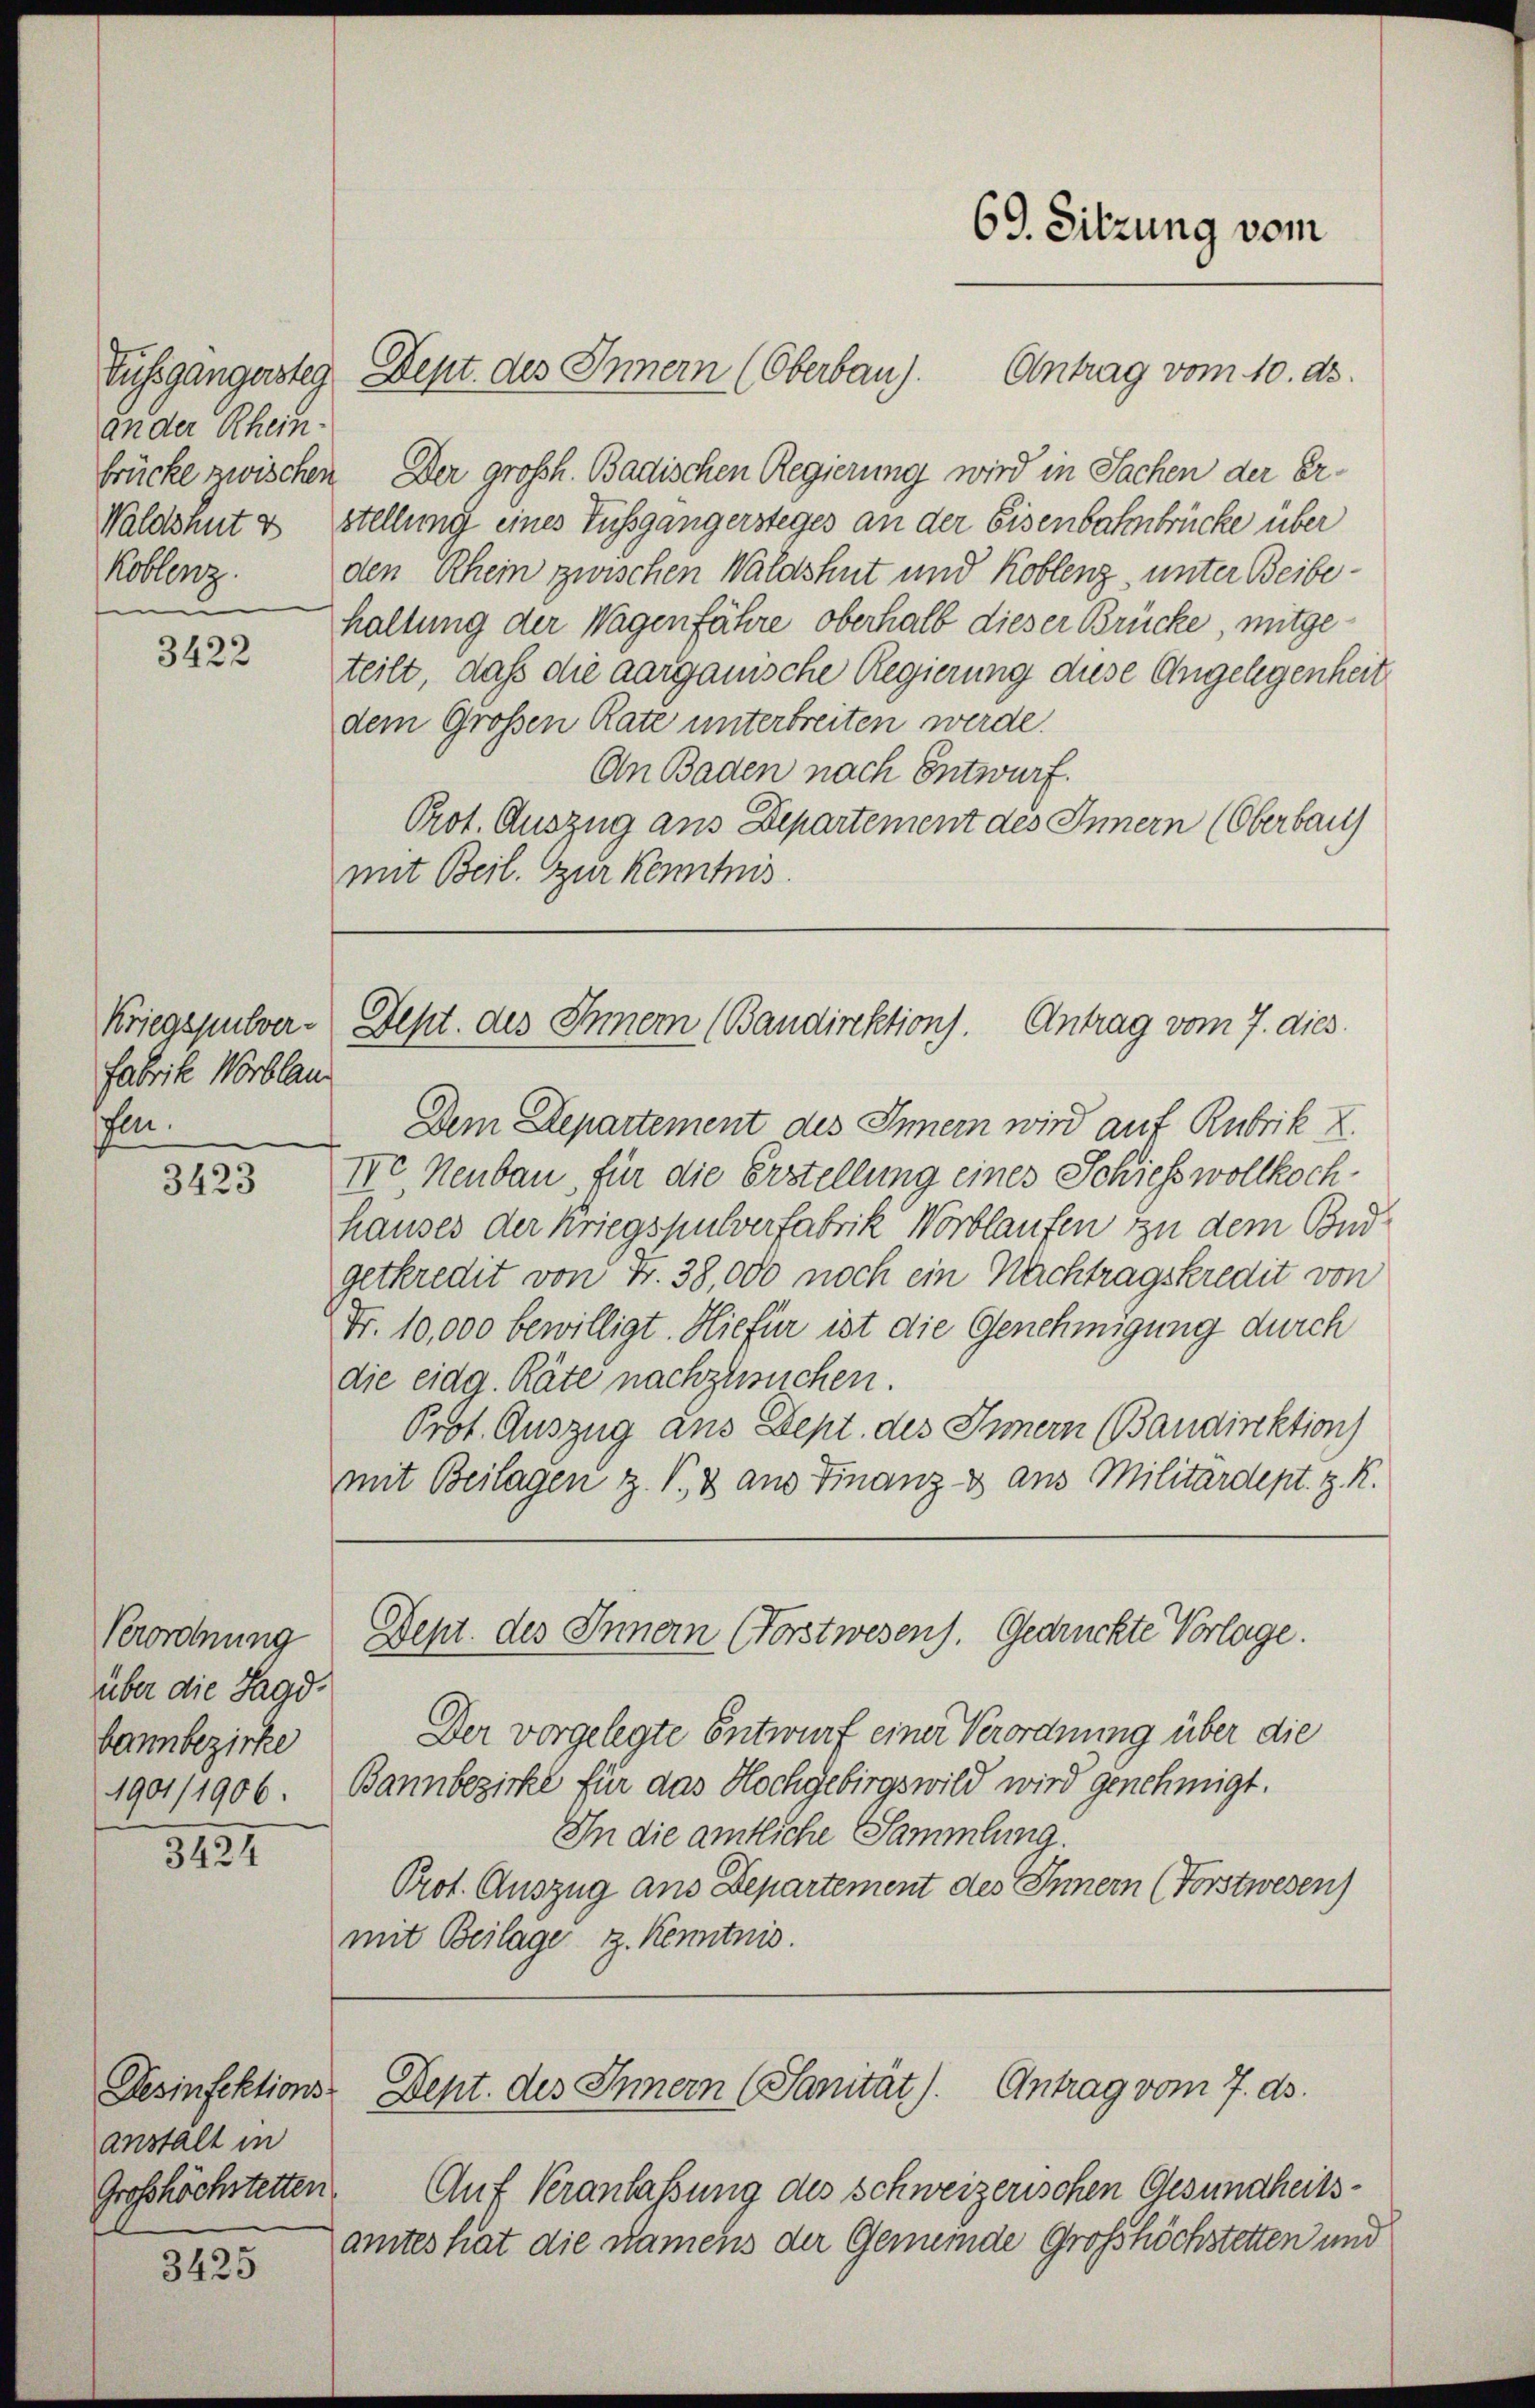
an der Rhein.
Waldshut v
Koblenz.
e

3422

Kriegspulver-
fabrike Wortlau
fen.

3423

Verordnung
über die Jagd.
bann bezirke

3424

Desinfektions-
anstalt in
Grosshöchstetten.

3425

Antrag vom 10. ds.
ussgängersteg Dept. des Innern (Oberbau).
brücke zwischen. Der großh. Badischen Regierung wird in Sachen der Er-
stellung eines Fussgängersteges an der Eisenbahnbrücke über
den Rhein zwischen Waldshut und Koblenz, unter Beibehaltung der Wagenfähre oberhalb dieser Brücke, mitgeteilt, daß die aargauische Regierung diese Angelegenheit
dem Großen Rate unterbreiten werde.
An Baden nach Entwurf.
Prot. Auszug aus Departement des Innern (Oberbau
mit Beil. Zur Kenntnis.

Sept. des Innern (Bandirektion). Antrag vom 7. dies

Dem Departement des Innern wird auf Rubrik X.
IVo Neubau für die Erstellung eines Schiess vollkochhauses der Kriegspulverfabrik Worblaufen zu dem Bond
getkredit von Fr. 38,000 noch ein Nachtragskredit von
Fr. 10,000 bewilligt. Hiefür ist die Genehmigung durch
die eidg. Räte nachzusuchen.
Prot. Auszug aus Dept. des Innern (Baudirektion
mit Beilagen z. V., & aus Finanz & aus Militärdept. z. R.
Dept. des Innern (Forstwesens. Gedrückte Vorlage.
Der vorgelegte Entwurf einer Verordnung über die
1901/1906. Bannbezirke für das Hochgebirgswild wird genehmigt.
In die amtliche Sammlung.
Prot. Auszug aus Departement des Innern (Forstwesen)
mit Beilage z. Kenntnis.

69. Sitzung vom

Dept. des Innern (Sanität). Antrag vom 7. ds.

Auf Veranlaßung des schweizerischen Gesundheitsamtes hat die Namens der Gemeinde Grosshöchstetten und